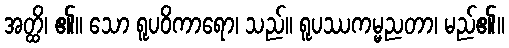
အတ္ထိ၊ ၏။ သော ရူပဝိကာရော၊ သည်။ ရူပဿကမ္မညတာ၊ မည်၏။